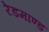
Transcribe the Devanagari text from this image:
रेडमाण्ड